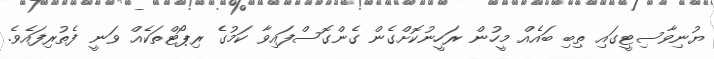
ޔުނިވާސިޓީގައި ތިބި ބައެއް މީހުން ރަހީނުކޮށްގެން ގެންގޮސްފައިވާ ކަމުގެ ރިޕޯޓްތަކެއް ވަނީ ފެތުރިފައެވެ.